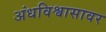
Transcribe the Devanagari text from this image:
अंधविश्वासावर